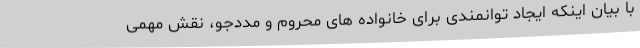
با بیان اینکه ایجاد توانمندی برای خانواده های محروم و مددجو، نقش مهمی